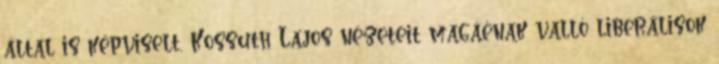
által is képviselt, Kossuth Lajos nézeteit magáénak valló liberálisok